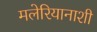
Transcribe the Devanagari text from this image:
मलेरियानाशी